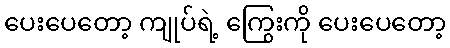
ပေးပေတော့ ကျုပ်ရဲ့ ကြွေးကို ပေးပေတော့